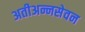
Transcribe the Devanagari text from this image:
अतीअन्नसेवन